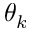
\theta _ { k }